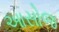
આસોજ